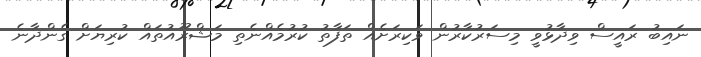
ނައިބު ރައީސް ވިދާޅުވީ މިސަރުކާރުން ވަކިރަށެއް ތަފާތު ކުރުމެއްނެތި މަޝްރޫއުތައް ކުރިޔަށް ގެންދާނެ